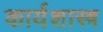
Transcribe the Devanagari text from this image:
कार्यशास्त्र